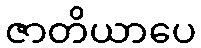
ဇာတိယာပေ